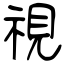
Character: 視